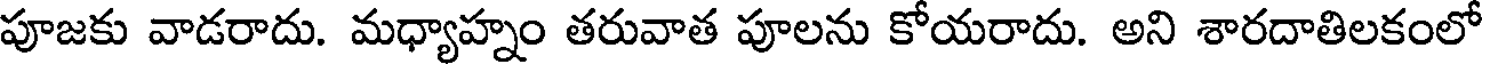
పూజకు వాడరాదు. మధ్యాహ్నం తరువాత పూలను కోయరాదు. అని శారదాతిలకంలో